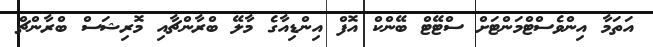
އަތަމާ އިންވެސްޓްމަންޓަށް ސްޓޭޓް ބޭންކް އޮފް އިންޑިއާގެ މާލޭ ބްރާންޗާއި މޮރިޝަސް ބްރާންޗް